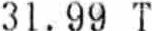
31.99 T